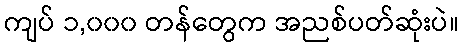
ကျပ် ၁,၀၀၀ တန်တွေက အညစ်ပတ်ဆုံးပဲ။